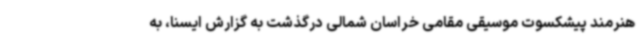
هنرمند پیشکسوت موسیقی مقامی خراسان شمالی درگذشت به گزارش ایسنا، به